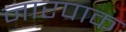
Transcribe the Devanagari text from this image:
नारपाक